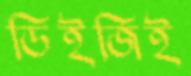
ডিইজিই